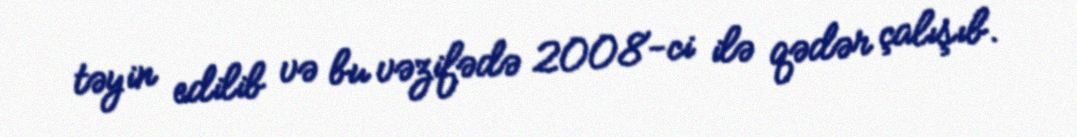
təyin edilib və bu vəzifədə 2008-ci ilə qədər çalışıb.